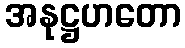
အနုဋ္ဌဟတော